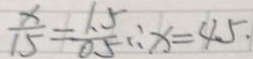
\frac { x } { 1 5 } = \frac { 1 . 5 } { 0 . 5 } \therefore x = 4 5 \cdot